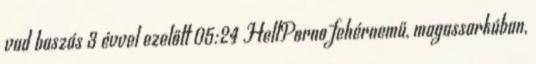
vad baszás 3 évvel ezelőtt 05:24 HellPorno fehérnemű, magassarkúban,